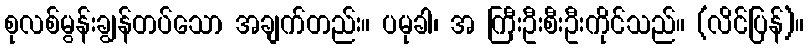
စုလစ်မွန်းချွန်တပ်သော အချက်တည်း။ ပမုခါ၊ အ ကြီးဦးစီးဦးကိုင်သည်။ (လိင်ပြန်)။